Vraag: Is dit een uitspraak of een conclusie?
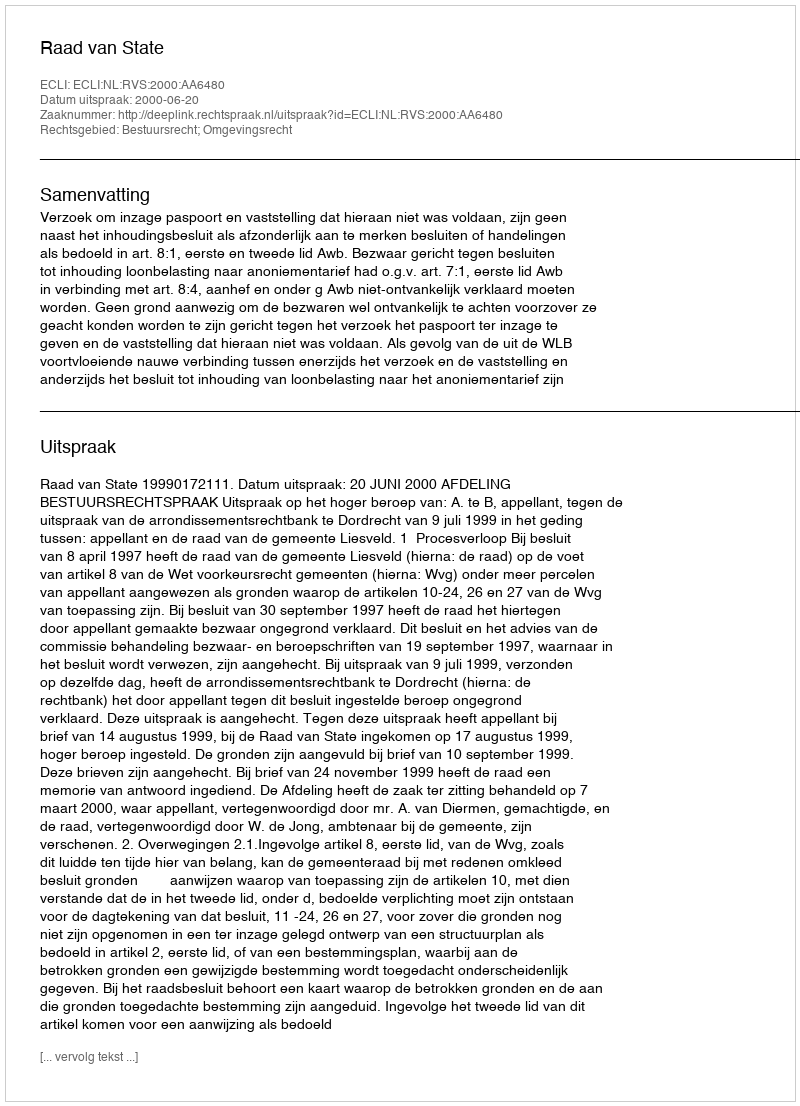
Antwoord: Uitspraak